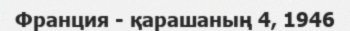
Франция - қарашаның 4, 1946